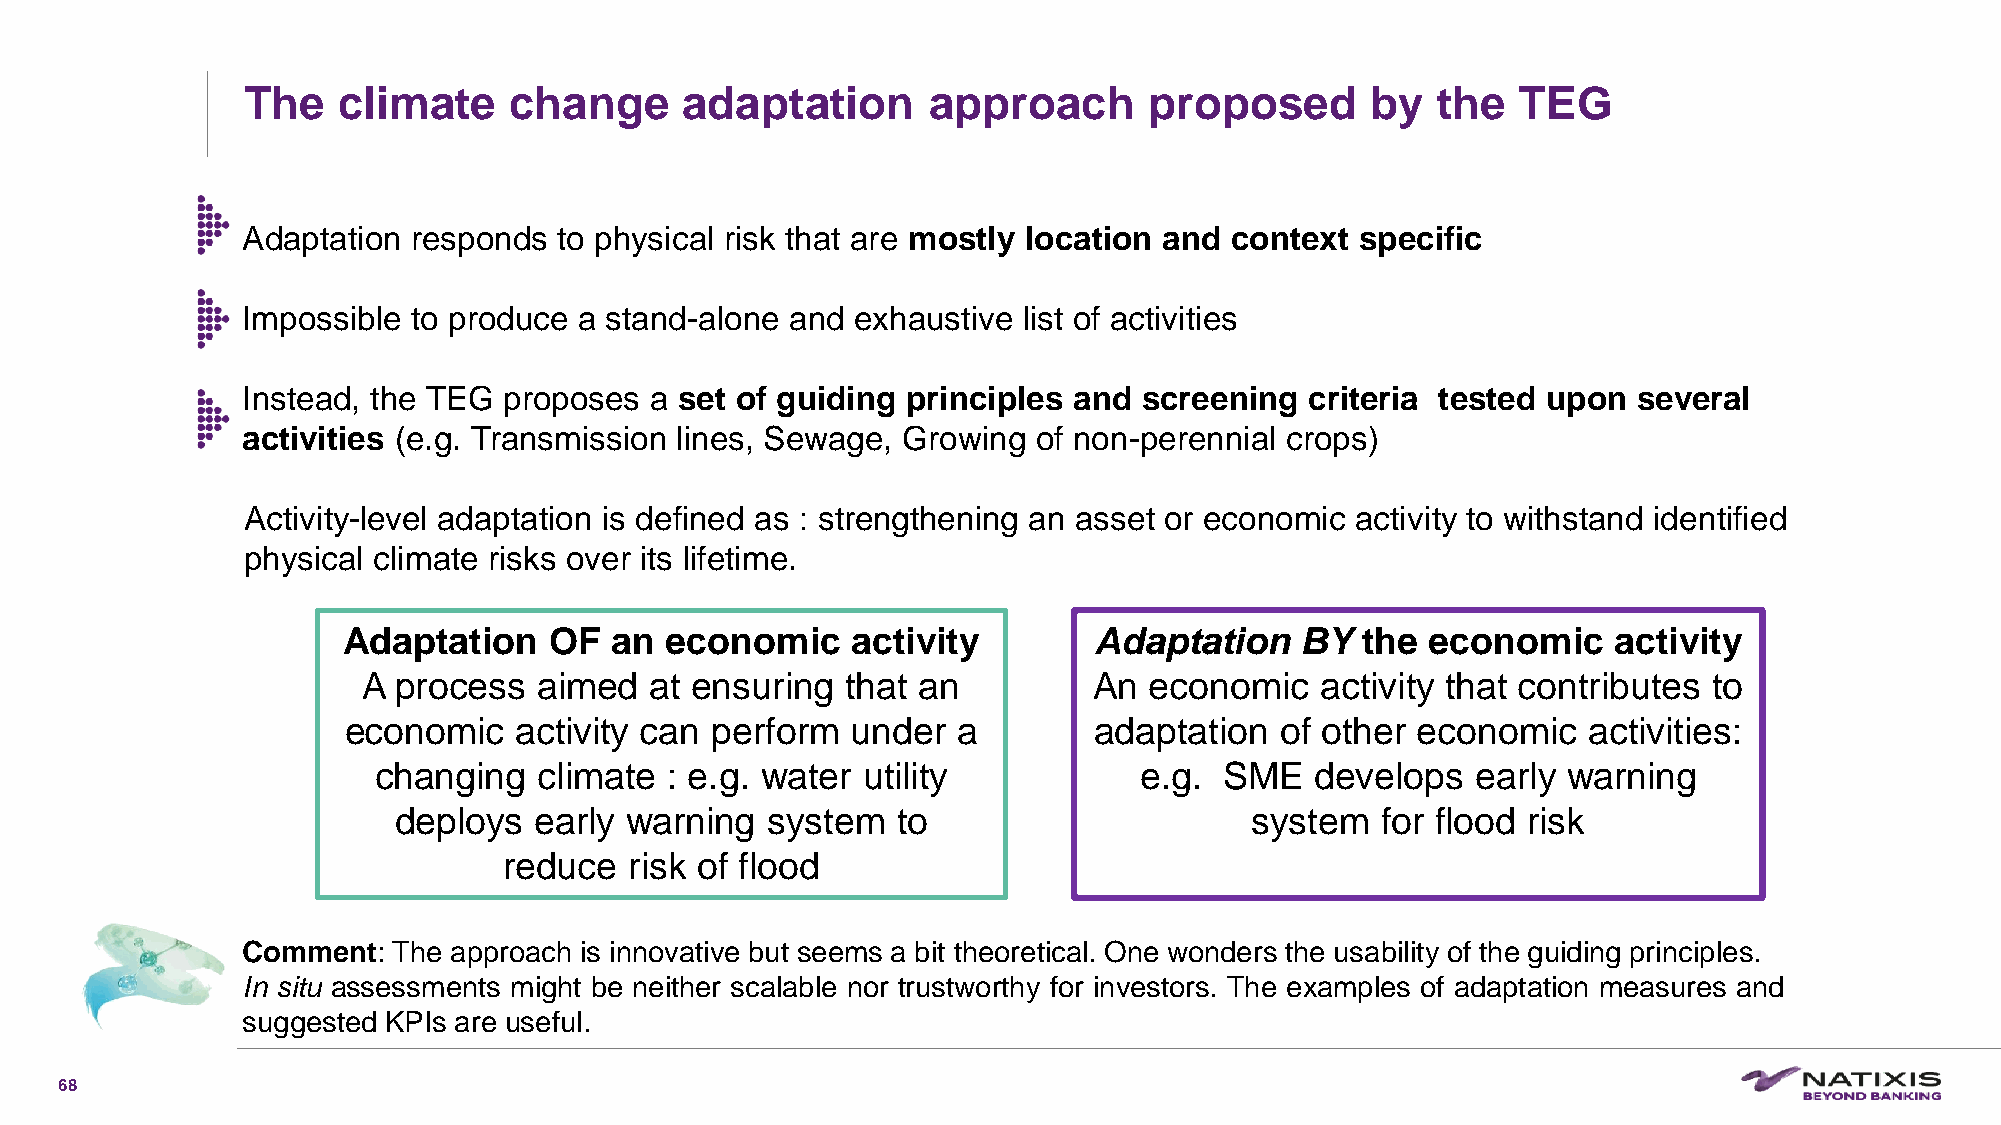
The   climate     change     adaptation      approach       proposed       by  the  TEG
 Adaptation responds  to physical risk that are mostly location and context specific
 Impossible to produce a stand-alone and  exhaustive list of activities
 Instead, the TEG proposes  a set of guiding principles and  screening  criteria tested upon several
 activities (e.g. Transmission lines, Sewage, Growing of non-perennial crops)
 Activity-level adaptation is defined as : strengthening an asset or economic activity to withstand identified
 physical climate risks over its lifetime.
 Adaptation   OF  an  economic    activity        Adaptation    BY  the  economic    activity
 A process   aimed  at ensuring  that an         An  economic   activity that contributes to
 economic   activity can perform  under  a        adaptation   of other economic   activities:
 changing   climate : e.g. water utility           e.g.  SME   develops   early warning
 deploys  early warning   system  to                      system  for flood risk
 reduce   risk of flood
 Comment:  The approach is innovative but seems a bit theoretical. One wonders the usability of the guiding principles.
 In situ assessments might be neither scalable nor trustworthy for investors. The examples of adaptation measures and
 suggested KPIs are useful.
 68
 C1-PublicNat